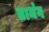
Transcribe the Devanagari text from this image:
तामंग